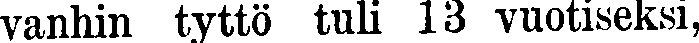
vanhin tyttö tuli 13 vuotiseksi,